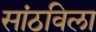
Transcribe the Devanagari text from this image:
सांठविला